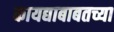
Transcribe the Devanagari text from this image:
कायद्याबाबतच्या